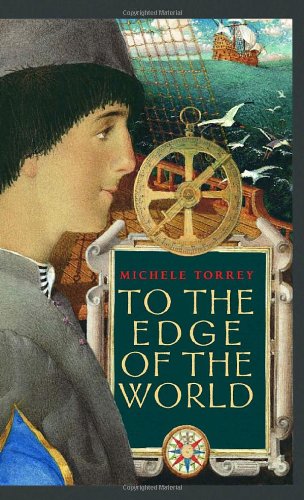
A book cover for To the Edge of the World; Michele Torrey; Teen & Young Adult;